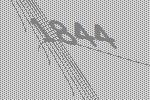
1844